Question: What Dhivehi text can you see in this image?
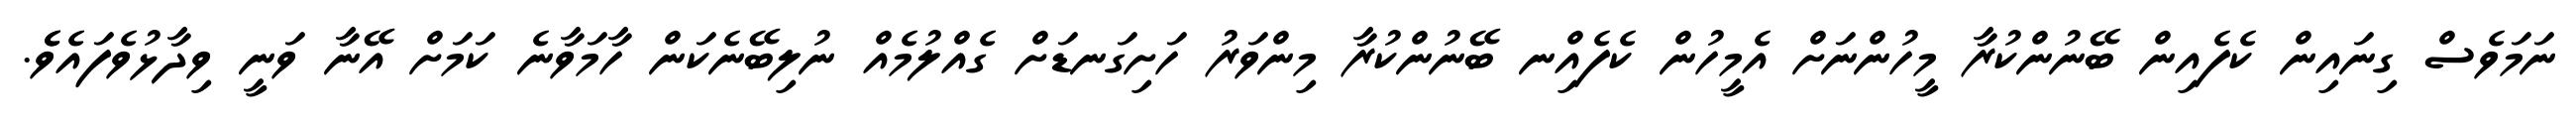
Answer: ނަމަވެސް ގިނައިން ކެފެއިން ބޭނުންކުރާ މީހުންނަށް އެމީހުން ކެފެއިްނ ބޭނުންކުރާ މިންވަރު ހަށިގަނޑަށް ގެއްލުމެއް ނުލިބޭނެކަން ހާމަވާނެ ކަމަށް އޭނާ ވަނީ ވިދާޅުވެފައެވެެ.